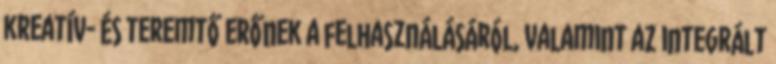
kreatív- és teremtő erőnek a felhasználásáról, valamint az integrált